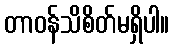
တာဝန်သိစိတ်မရှိပါ။